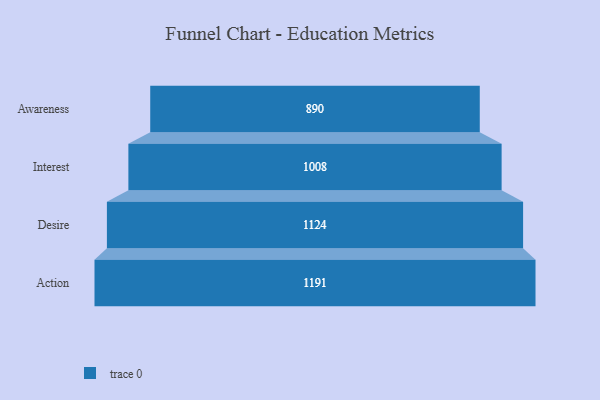
{"axis": {"x": "Stage", "y": "Value"}, "legend": [""], "data": [{"x": "Awareness", "y": 890.0, "type": ""}, {"x": "Interest", "y": 1008.0, "type": ""}, {"x": "Desire", "y": 1124.0, "type": ""}, {"x": "Action", "y": 1191.0, "type": ""}]}